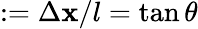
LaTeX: :=\Delta\mathbf{x}/l=\tan\theta